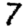
Digit: 7